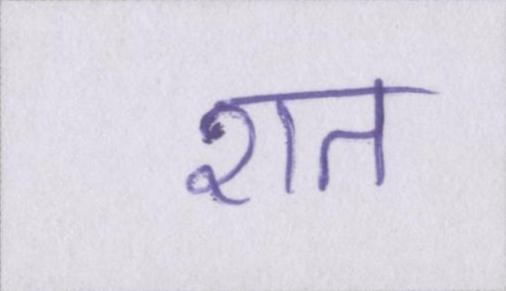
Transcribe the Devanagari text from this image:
शत